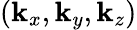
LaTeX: (\textbf{k}_{x},\textbf{k}_{y},\textbf{k}_{z})